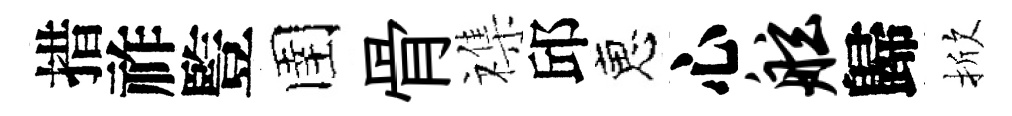
措祚䜿圉骨襍邱恵心舷歸掀